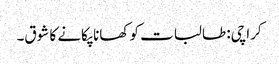
کراچی: طالبات کو کھانا پکانے کا شوق۔